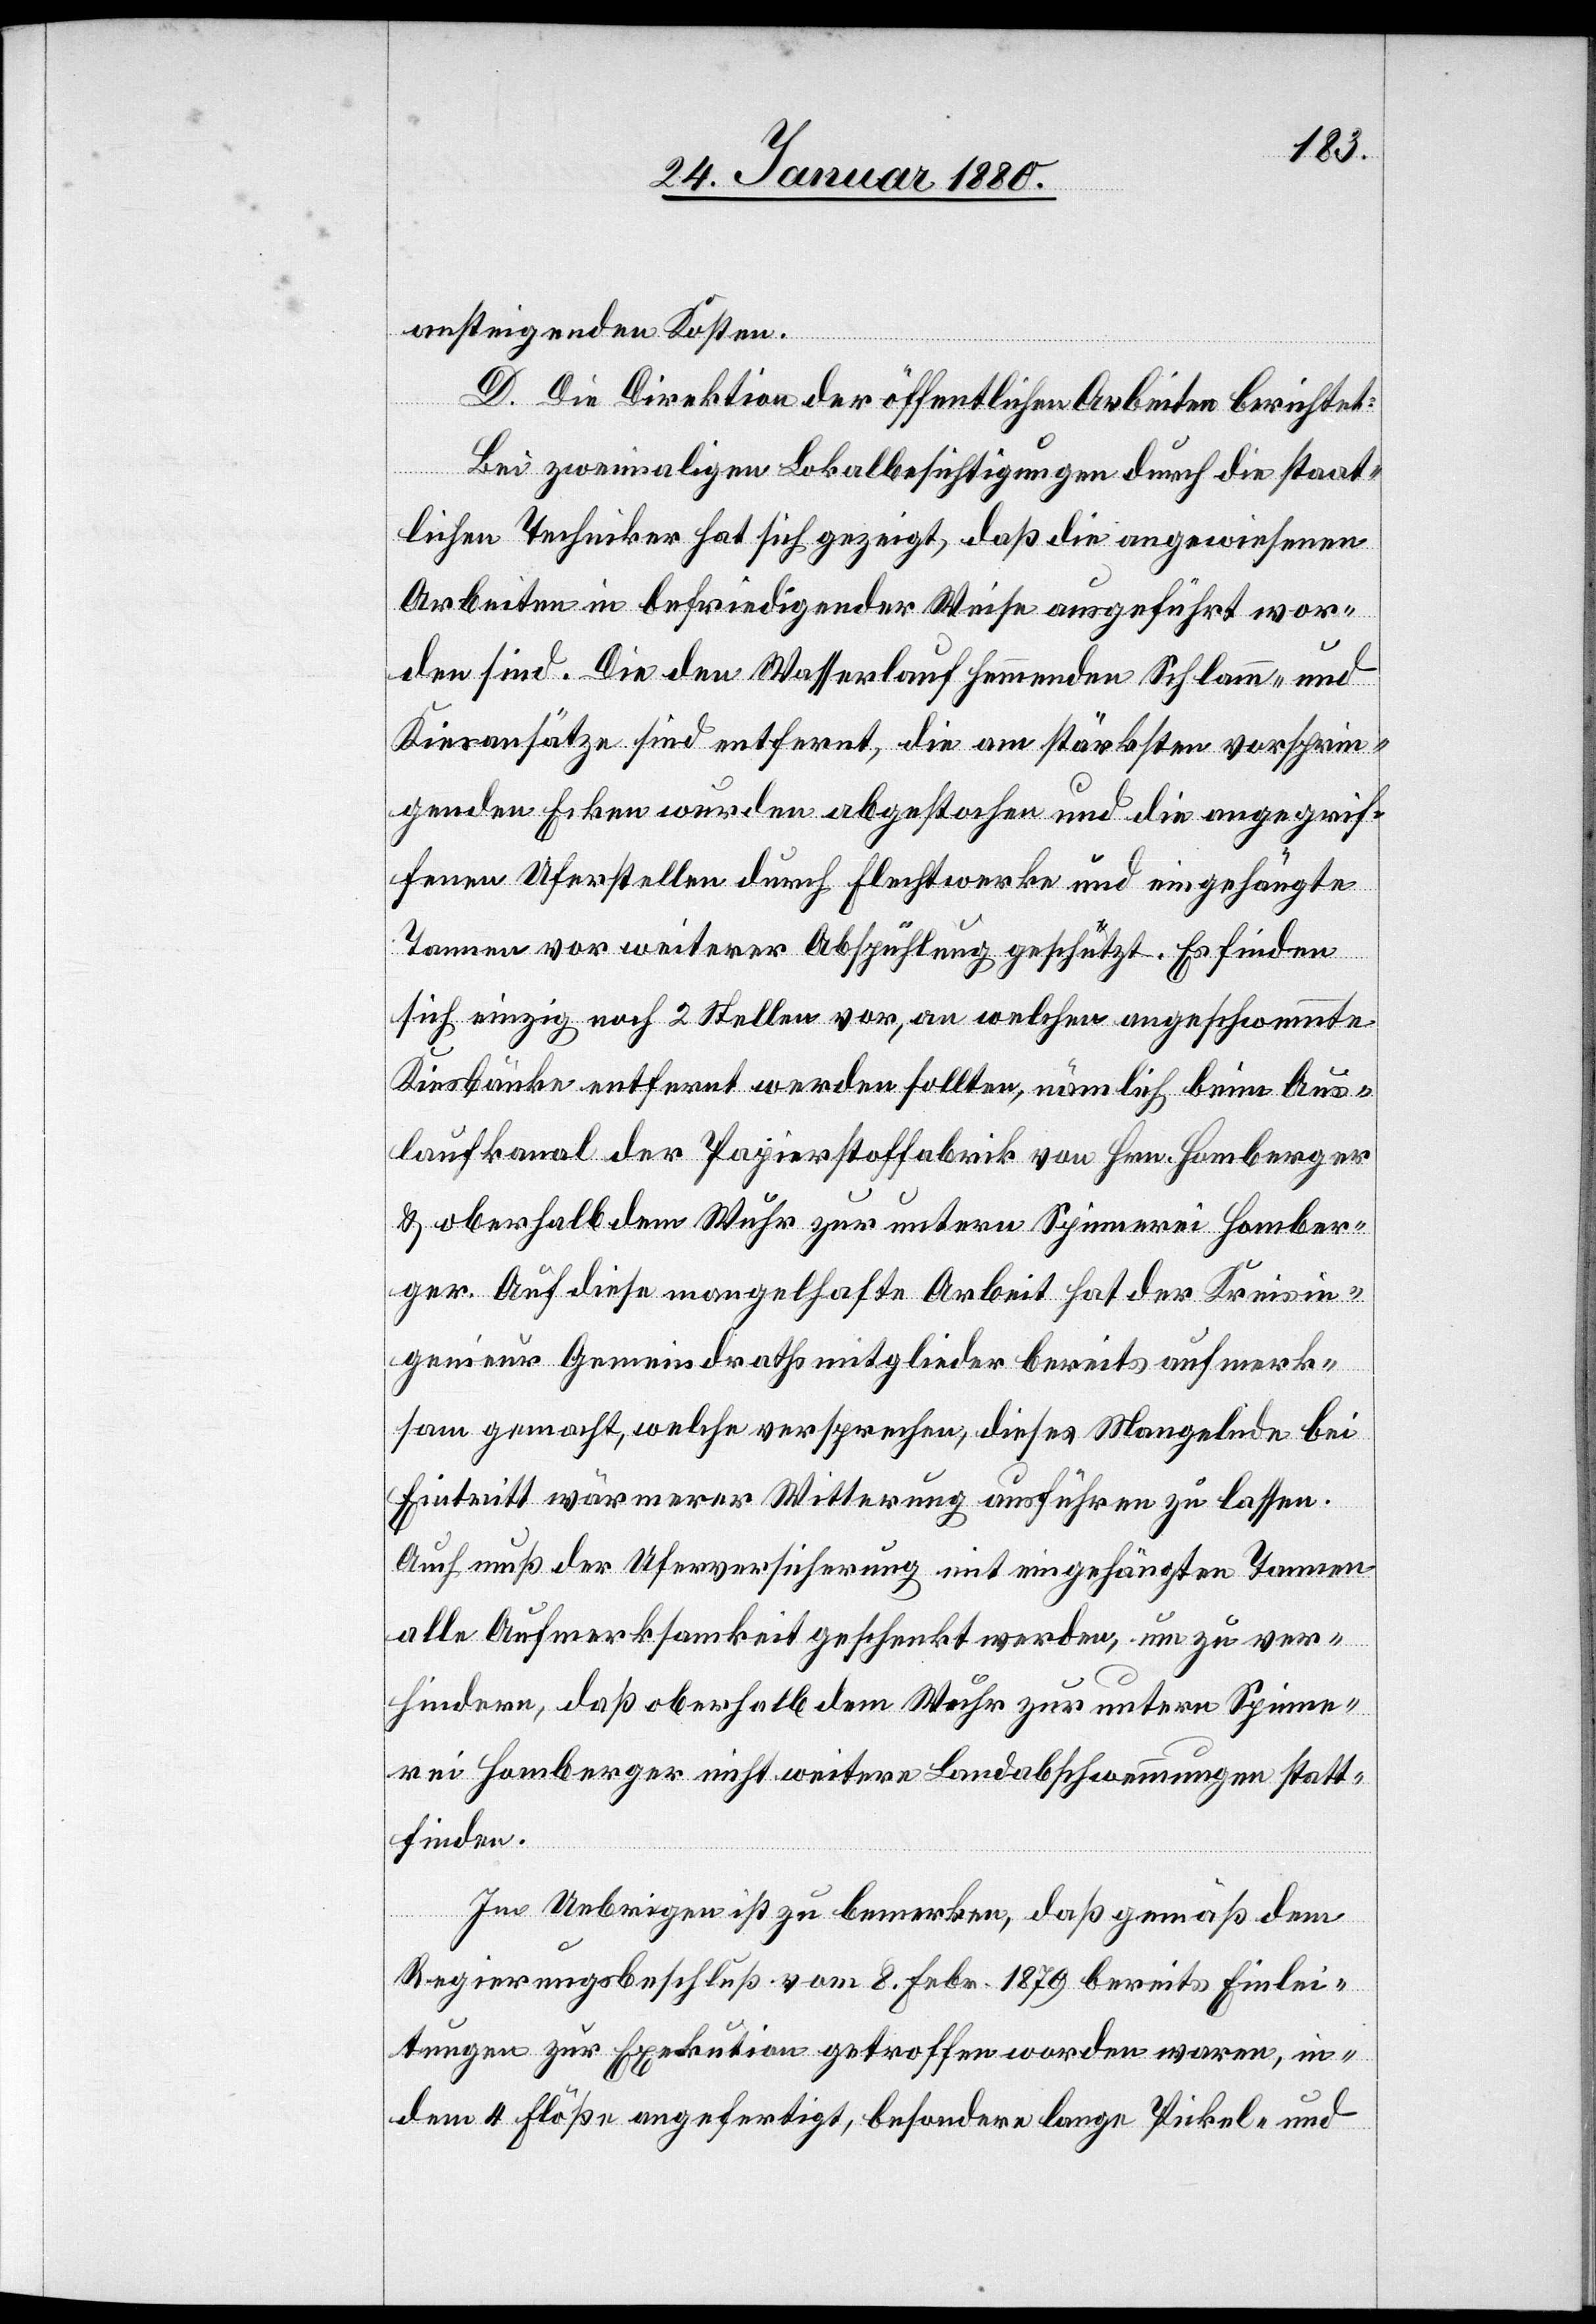
ansteigenden Kosten.
D. Die Direktion der öffentlichen Arbeiten berichtet:
Bei zweimaligen Lokalbesichtigungen durch die staat¬
lichen Techniker hat sich gezeigt, daß die angewiesenen
Arbeiten in befriedigender Weise ausgeführt wor¬
den sind. Die den Wasserlauf hemmenden Schlamm- und
Kiesansätze sind entfernt, die am stärksten vorsprin¬
genden Ecken wurden abgestochen und die angegrif¬
fenen Uferstellen durch Flechtwerke und eingehängte
Tannen vor weiterer Abspühlung geschützt. Es finden
sich einzig noch 2 Stellen vor, an welchen angeschwemmte
Kiesbänke entfernt werden sollten, nämlich beim Aus¬
laufkanal der Papierstoffabrik von Hrn. Homberger
& oberhalb dem Wuhr zu untern Spinnerei Homber¬
ger. Auf diese mangelhafte Arbeit hat der Kreisin¬
genieur Gemeindrathsmitglieder bereits aufmerk¬
sam gemacht, welche versprechen, dieses Mangelnde bei
Eintritt wärmerer Witterung ausführen zu lassen.
Auch muß der Uferversicherung mit eingehängten Tannen
alle Aufmerksamkeit geschenkt werden, um zu ver¬
hindern, daß oberhalb dem Wuhr zur untern Spinne¬
rei Homberger nicht weitere Landabschwemmungen statt¬
finden.
Im Uebrigen ist zu bemerken, daß gemäß dem
Regierungsbeschluß vom 8. Febr. 1879 bereits Einlei¬
tungen zur Exekution getroffen worden waren, in¬
dem 4 Flöße angefertigt, besondere lange Pickel- und